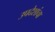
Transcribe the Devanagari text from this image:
उपदेशांचा